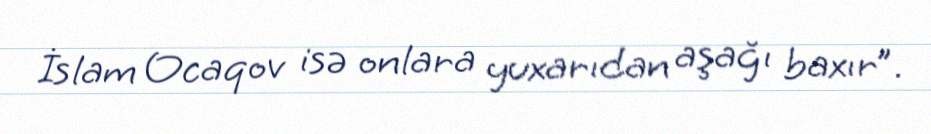
İslam Ocaqov isə onlara yuxarıdan aşağı baxır”.